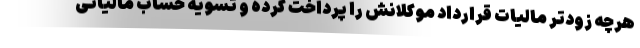
هرچه زودتر مالیات قرارداد موکلانش را پرداخت کرده و تسویه حساب مالیاتی